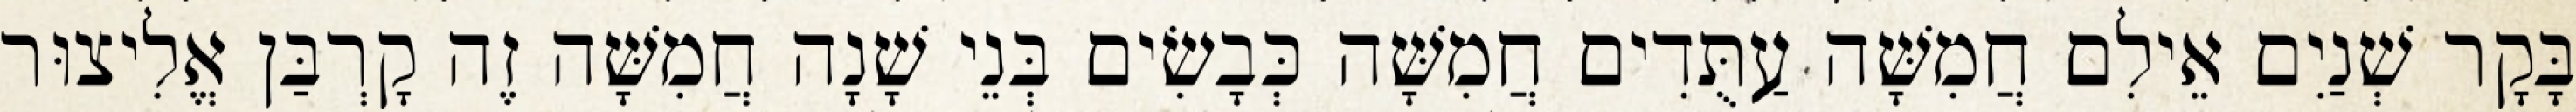
בָּקָר שְׁנַיִם אֵילִם חֲמִשָּׁה עַתֻּדִים חֲמִשָּׁה כְּבָשִׂים בְּנֵי שָׁנָה חֲמִשָּׁה זֶה קָרְבַּן אֱלִיצוּר